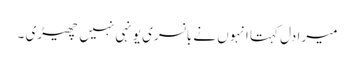
میرا دل کہتا انہوں نے بانسری یونہی نہیں چھیڑی ۔